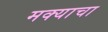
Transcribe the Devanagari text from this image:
मक्याचा